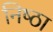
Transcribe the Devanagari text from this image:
निष्‍ठा